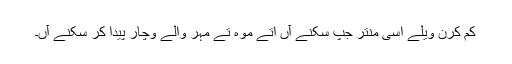
کم کرن ویلے اسی منتر جپ سکنے آں اتے موہ تے مہر والے وچار پیدا کر سکنے آں۔